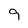
Character: 9